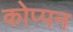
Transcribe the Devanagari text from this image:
कोप्पन